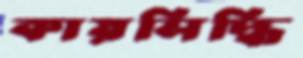
কায়সিদ্ধি